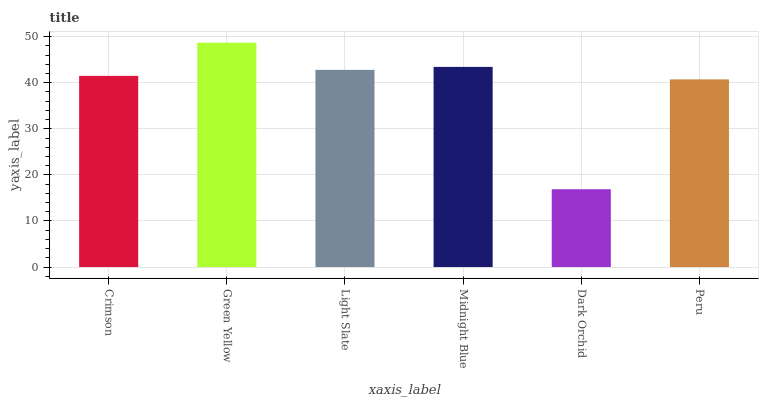
| xaxis_label | bars |
 | --- | --- |
 | Crimson | 41.5 |
 | Green Yellow | 48.7 |
 | Light Slate | 42.8 |
 | Midnight Blue | 43.4 |
 | Dark Orchid | 16.9 |
 | Peru | 40.7 |